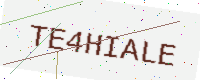
Text: TE4HIALE